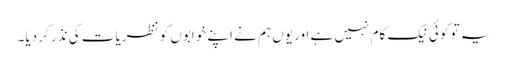
یہ تو کوئی نیک کام نہیں ہے اور یوں ہم نے اپنے خوابوں کو نظریات کی نذر کر دیا۔